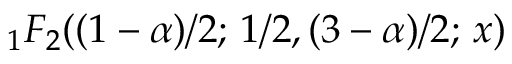
{ } _ { 1 } F _ { 2 } ( ( 1 - \alpha ) / 2 ; \, 1 / 2 , ( 3 - \alpha ) / 2 ; \, x )